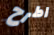
اطرح